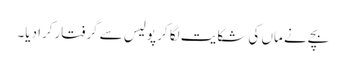
بچے نے ماں کی شکایت لگا کر پولیس سے گرفتارکرا دیا۔